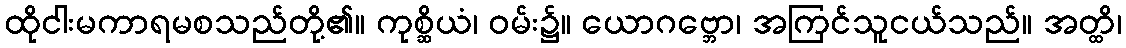
ထိုငါးမကာရမစသည်တို့၏။ ကုစ္ဆိယံ၊ ဝမ်း၌။ ယောဂဗ္ဘော၊ အကြင်သူငယ်သည်။ အတ္ထိ၊